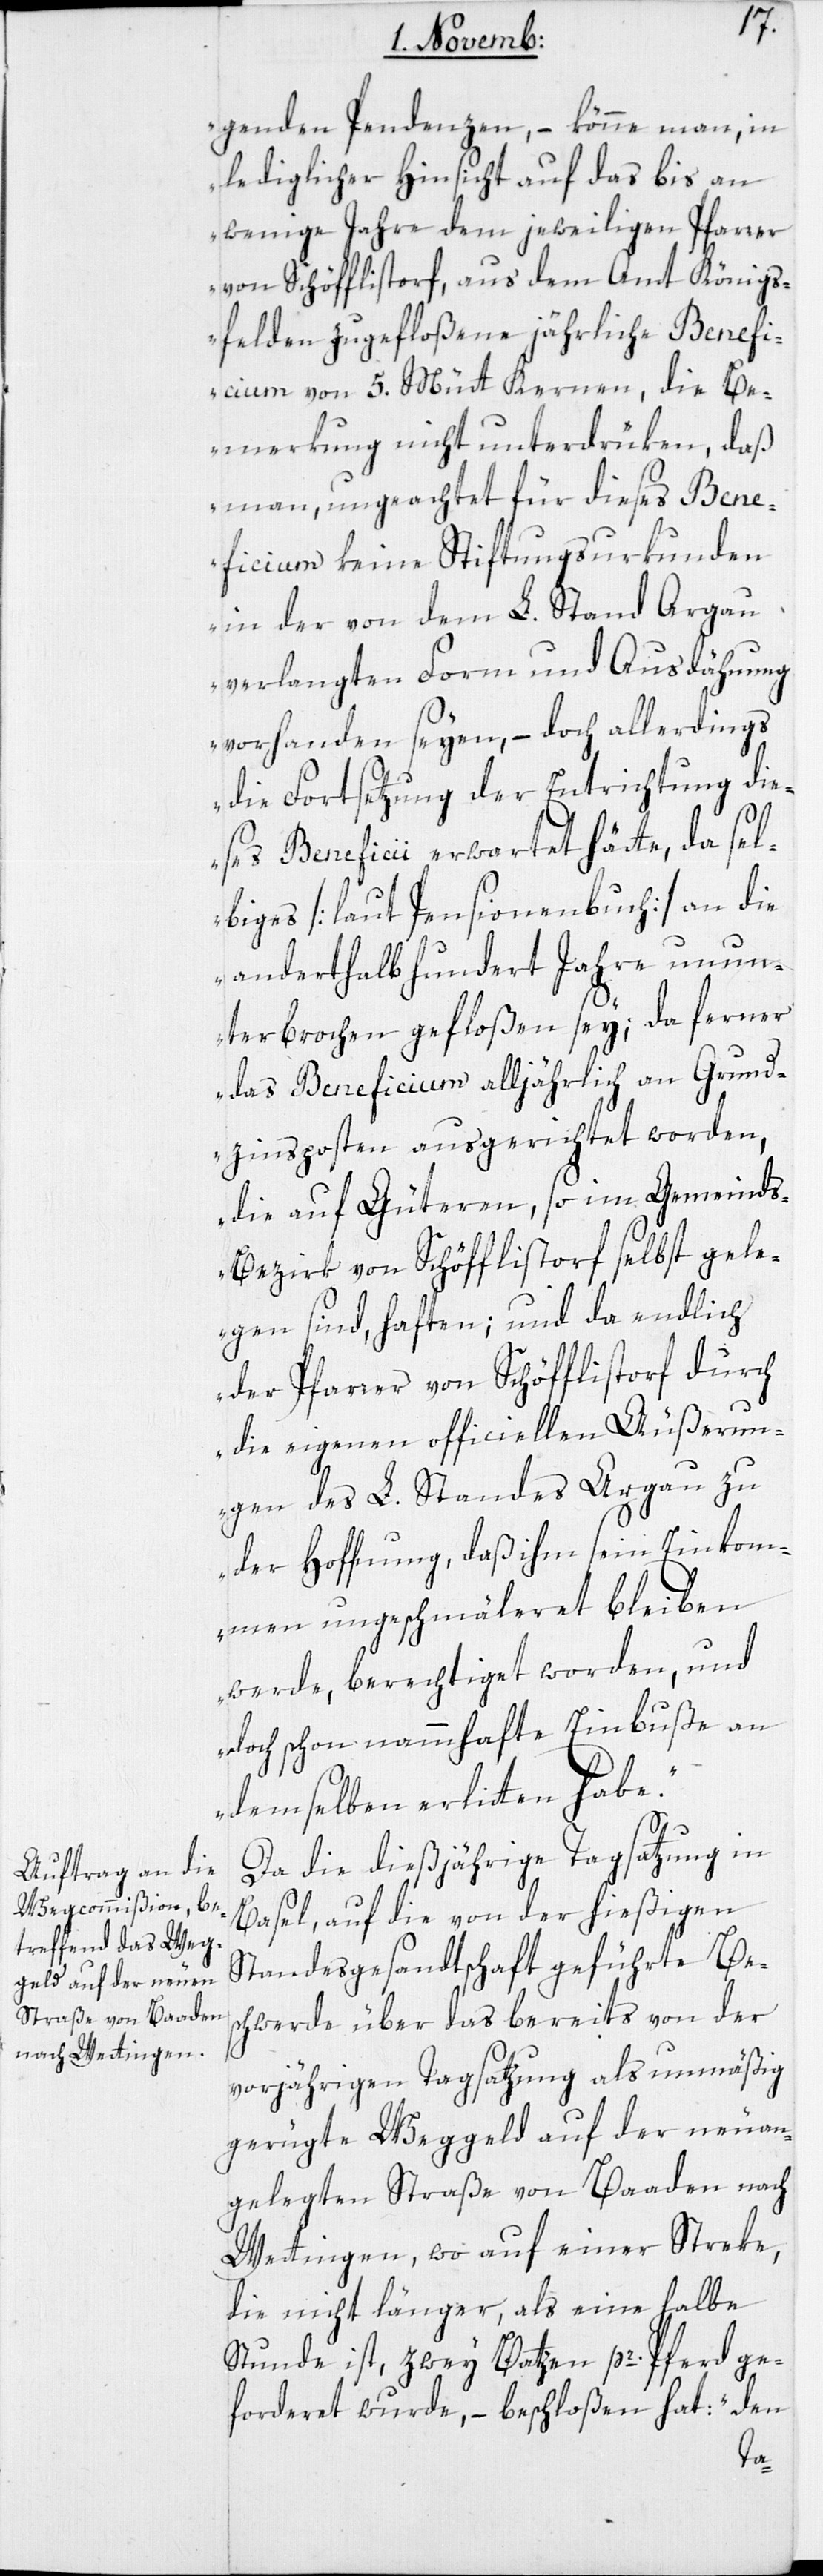
genden Pendenzen, – könne man, in
lediglicher Hinsicht auf das bis an
wenige Jahre dem jeweiligen Pfarrer
von Schöfflistorf, aus dem Amt Königs¬
felden zugefloßene jährliche Benefi¬
cium von 5. Mütt Kernen, die Be¬
merkung nicht unterdrüken, daß
man, ungeachtet für dieses Bene¬
ficium keine Stiftungsurkunden
in der von dem L. Stand Argau
verlangten Form und Ausdehnung
vorhanden seyen, – doch allerdings
die Fortsetzung der Entrichtung die¬
ses Beneficii erwartet hätte, da sel¬
biges [laut Pensionenbuch] an die
anderthalbhundert Jahre unun¬
terbrochen gefloßen sey; da ferner
das Beneficium alljährlich an Grund¬
zinsposten ausgerichtet worden,
die auf Güteren, so im Gemeind¬
s-Bezirk von Schöfflistorf selbst gele¬
gen sind, haften; und da endlich
der Pfarrer von Schöfflistorf durch
die eigenen officiellen Äußerun¬
gen des L. Standes Argau zu
der Hoffnung, daß ihm seyn Einkom¬
men ungeschmälert bleiben
werde, berechtiget worden, und
doch schon nammhafte Einbuße an
demselben erlitten habe.“
Da die dießjährige Tagsatzung in
Basel, auf die von der hießigen
Standesgesandtschaft geführte Be¬
schwerde über das bereits von der
vorjährigen Tagsatzung als unmäßig
gerügte Weggeld auf der neu an¬
gelegten Straße von Baaden nach
Wettingen, wo auf einer Streke,
die nicht länger, als eine halbe
Stunde ist, zwey Batzen pr. Pferd ge¬
forderet wurde, – beschloßen hat: „den